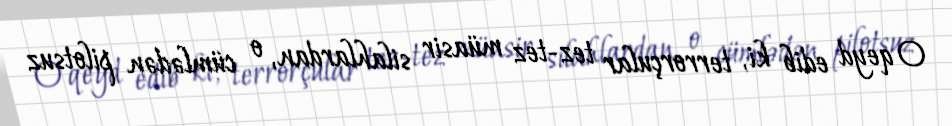
O qeyd edib ki, terrorçular tez-tez müasir silahlardan, o cümlədən pilotsuz